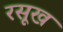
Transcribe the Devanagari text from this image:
रसूख